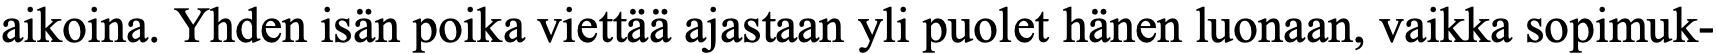
aikoina. Yhden isän poika viettää ajastaan yli puolet hänen luonaan, vaikka sopimuk-